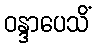
ဝန္ဒာပေသိံ